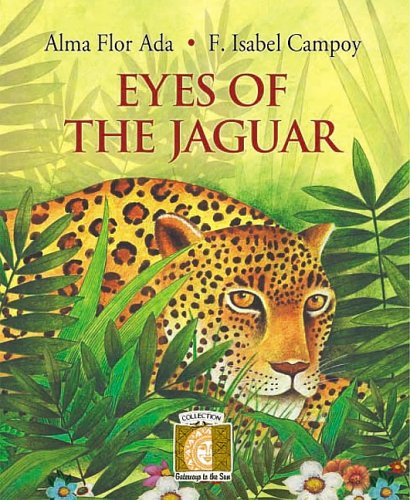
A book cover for Eyes of the Jaguar (Gateways to the Sun); Alma Flor Ada; Children's Books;